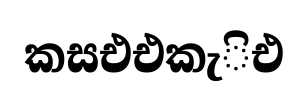
කසඑඑකැිඑ